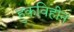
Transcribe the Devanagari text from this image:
हुकविहीन